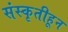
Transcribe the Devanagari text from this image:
संस्कृतीहून